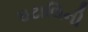
ઇટાલિની